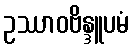
ဥဿာဝဗိန္ဒူပမံ